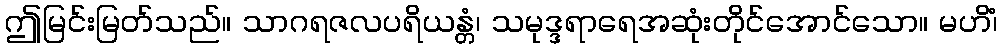
ဤမြင်းမြတ်သည်။ သာဂရဇလပရိယန္တံ၊ သမုဒ္ဒရာရေအဆုံးတိုင်အောင်သော။ မဟိံ၊